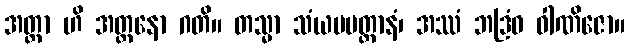
အတ္တာ ဟိ အတ္တနော ဂတိ။ တသ္မာ သံယမမတ္တာနံ၊ အဿံ ဘဒြံဝ ဝါဏိဇော။